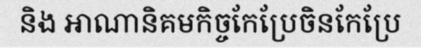
និង អាណានិគមកិច្ចកែប្រែចិនកែប្រែ